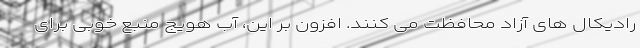
رادیکال های آزاد محافظت می کنند. افزون بر این، آب هویج منبع خوبی برای